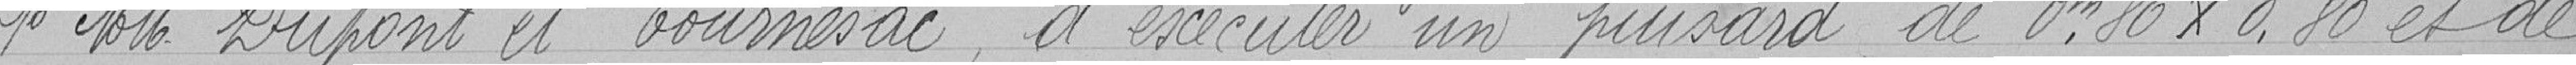
1° Messieurs Dupont et Tournesac, d'exécuter un puisard de 0,80 m x 0,80 m et de